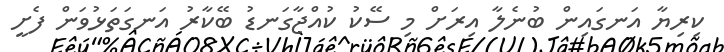
ކިރިޔާ އަނގައިން ބުނެލާ އިރަށް މި ސޭކު ކުއްޖާގަނޑު ބޭކާރު އަނގަތަޅުވަން ފެށީ